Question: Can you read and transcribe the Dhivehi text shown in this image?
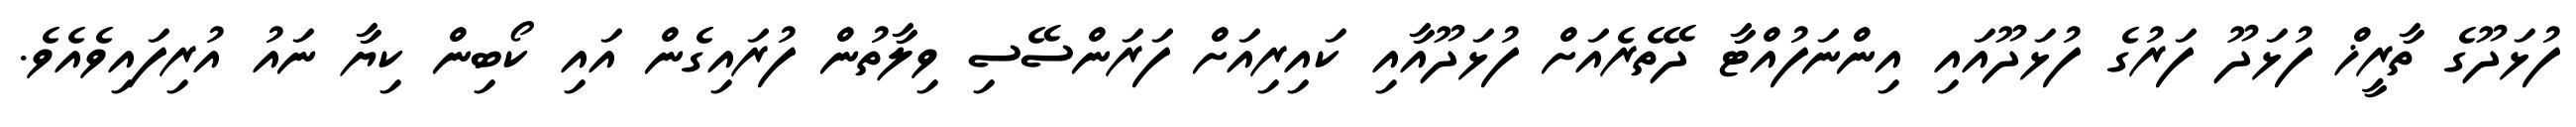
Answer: ފުޅަދޫގެ ތާރީޚް ފުޅަދޫ ފަރުގެ ފުޅަދޫއައި އިންނަފުއްޓާ ދޭތެރެއަށް ފުޅަދޫއާއި ކައިރިއަށް ފަރަންސޭސި ވިލާތުން ފުރައިގެން އައި ކޯބިން ކިޔާ ނައު އުރިފައިވެއެވެ.